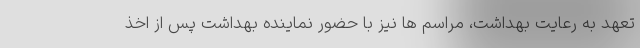
تعهد به رعایت بهداشت، مراسم ها نیز با حضور نماینده بهداشت پس از اخذ